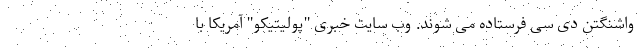
واشنگتن دی سی فرستاده می شوند. وب سایت خبری "پولیتیکو" آمریکا با